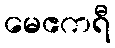
မေဧကရီ